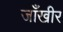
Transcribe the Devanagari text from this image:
जाँखीर